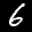
Label: 6